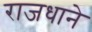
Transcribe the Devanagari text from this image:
राजधाने